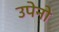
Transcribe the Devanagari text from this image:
उपेनो